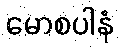
မောစပါနံ